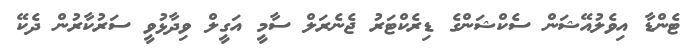
ޓެންޑާ އިވެލުއޭޝަން ސެކްޝަންގެ ޑިރެކްޓަރު ޖެނެރަލް ސާމީ އަގީލް ވިދާޅުވީ ސަރުކާރުން ދެކޭ